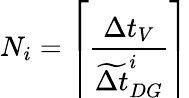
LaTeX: N_{i}=\left\lceil\frac{\Delta t_{V}}{\widetilde{\Delta t}_{DG}^{i}}\right\rceil